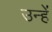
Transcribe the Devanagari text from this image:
उन्हेंं